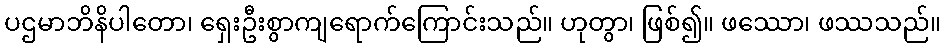
ပဌမာဘိနိပါတော၊ ရှေးဦးစွာကျရောက်ကြောင်းသည်။ ဟုတွာ၊ ဖြစ်၍။ ဖဿော၊ ဖဿသည်။